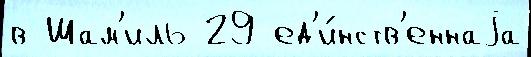
в Шам'иль 29 ед'и́нств'еннаjа